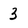
Character: 3